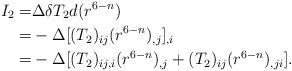
LaTeX: \begin{align*}I_2=&\Delta\delta T_2d(r^{6-n}) \\=& -\Delta[(T_2)_{ij}(r^{6-n})_{,j}]_{,i} \\ =& -\Delta[(T_2)_{ij,i}(r^{6-n})_{,j}+(T_2)_{ij}(r^{6-n})_{,ji}].\end{align*}